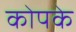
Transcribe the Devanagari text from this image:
कोपके